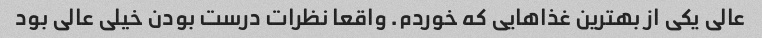
عالی یکی از بهترین غذاهایی که خوردم. واقعا نظرات درست بودن خیلی عالی بود